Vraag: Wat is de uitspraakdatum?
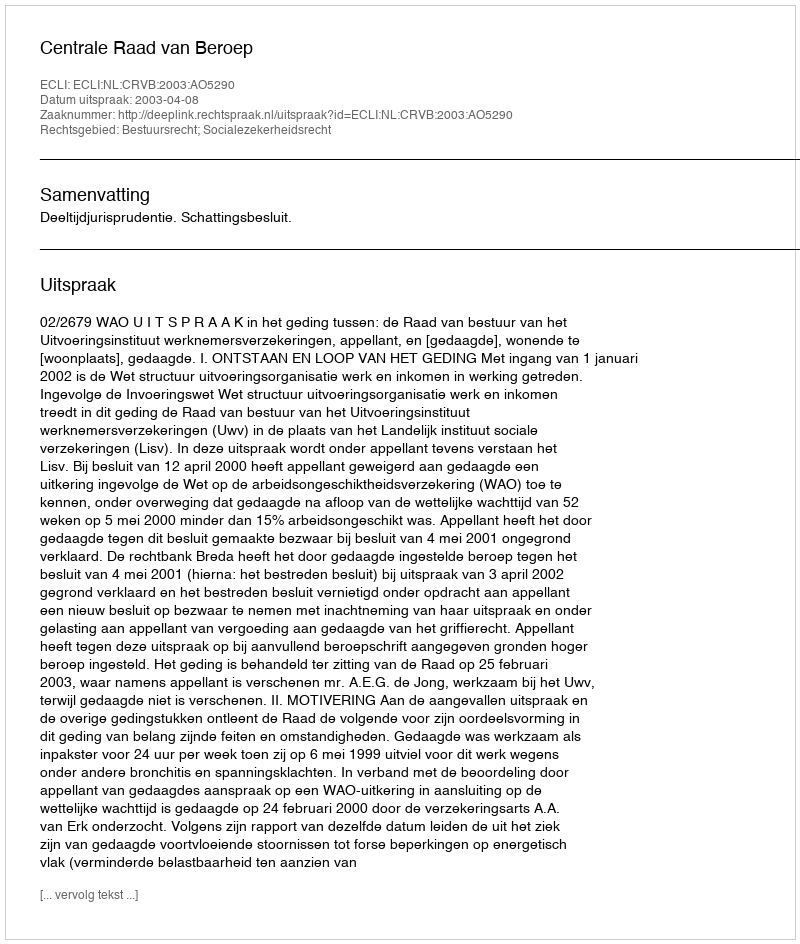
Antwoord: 2003-04-08